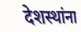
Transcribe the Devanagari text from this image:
देशस्थांना